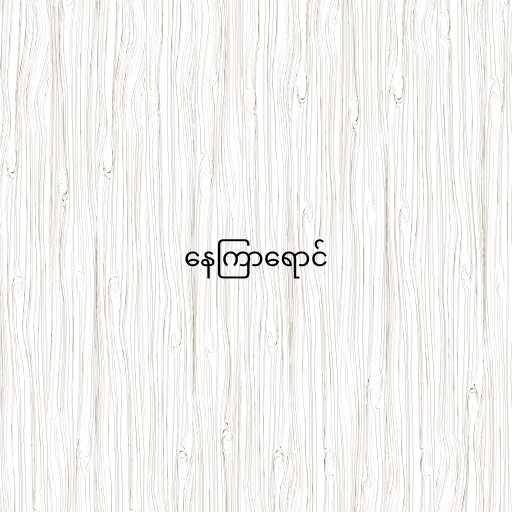
နေကြာရောင်